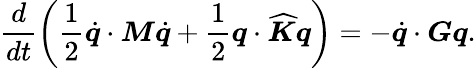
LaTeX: \frac{d}{dt}\left(\frac{1}{2}\dot{\boldsymbol{q}}\cdot\boldsymbol{M}\dot{\boldsymbol{q}}+\frac{1}{2}\boldsymbol{q}\cdot\widehat{\boldsymbol{K}}\boldsymbol{q}\right)=-\dot{\boldsymbol{q}}\cdot\boldsymbol{G}\boldsymbol{q}.